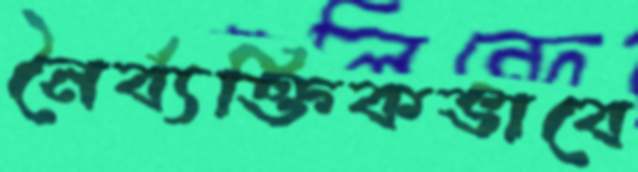
নৈর্ব্যক্তিকভাবে